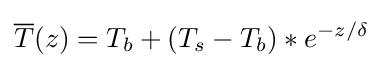
{\overline {T}}(z)=T_{b}+(T_{s}-T_{b})*e^{-z/\delta }